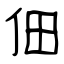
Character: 佃